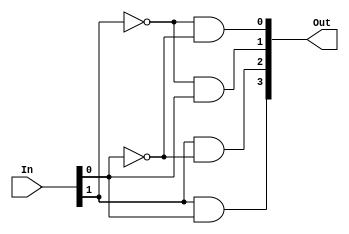
module decoder2_4(Out, In);
  input [1:0] In;
  output  [3:0] Out;
  assign  Out[0] = (~In[1] & ~In[0]),
          Out[1] = (~In[1] & In[0]),
          Out[2] = (In[1] & ~In[0]),
          Out[3] = (In[1] & In[0]);
endmodule